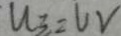
u _ { 3 } = u v